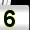
Digit: 5